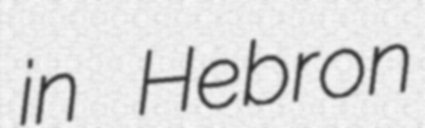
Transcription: in Hebron